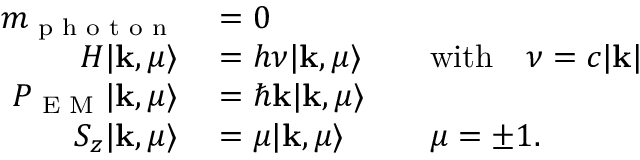
\begin{array} { r l r l } { m _ { \textrm { p h o t o n } } } & { { } = 0 } \\ { H | \mathbf { k } , \mu \rangle } & { { } = h \nu | \mathbf { k } , \mu \rangle } & { } & { { } { \mathrm { w i t h } } \quad \nu = c | \mathbf { k } | } \\ { P _ { \textrm { E M } } | \mathbf { k } , \mu \rangle } & { { } = \hbar \mathbf { k } | \mathbf { k } , \mu \rangle } \\ { S _ { z } | \mathbf { k } , \mu \rangle } & { { } = \mu | \mathbf { k } , \mu \rangle } & { } & { { } \mu = \pm 1 . } \end{array}